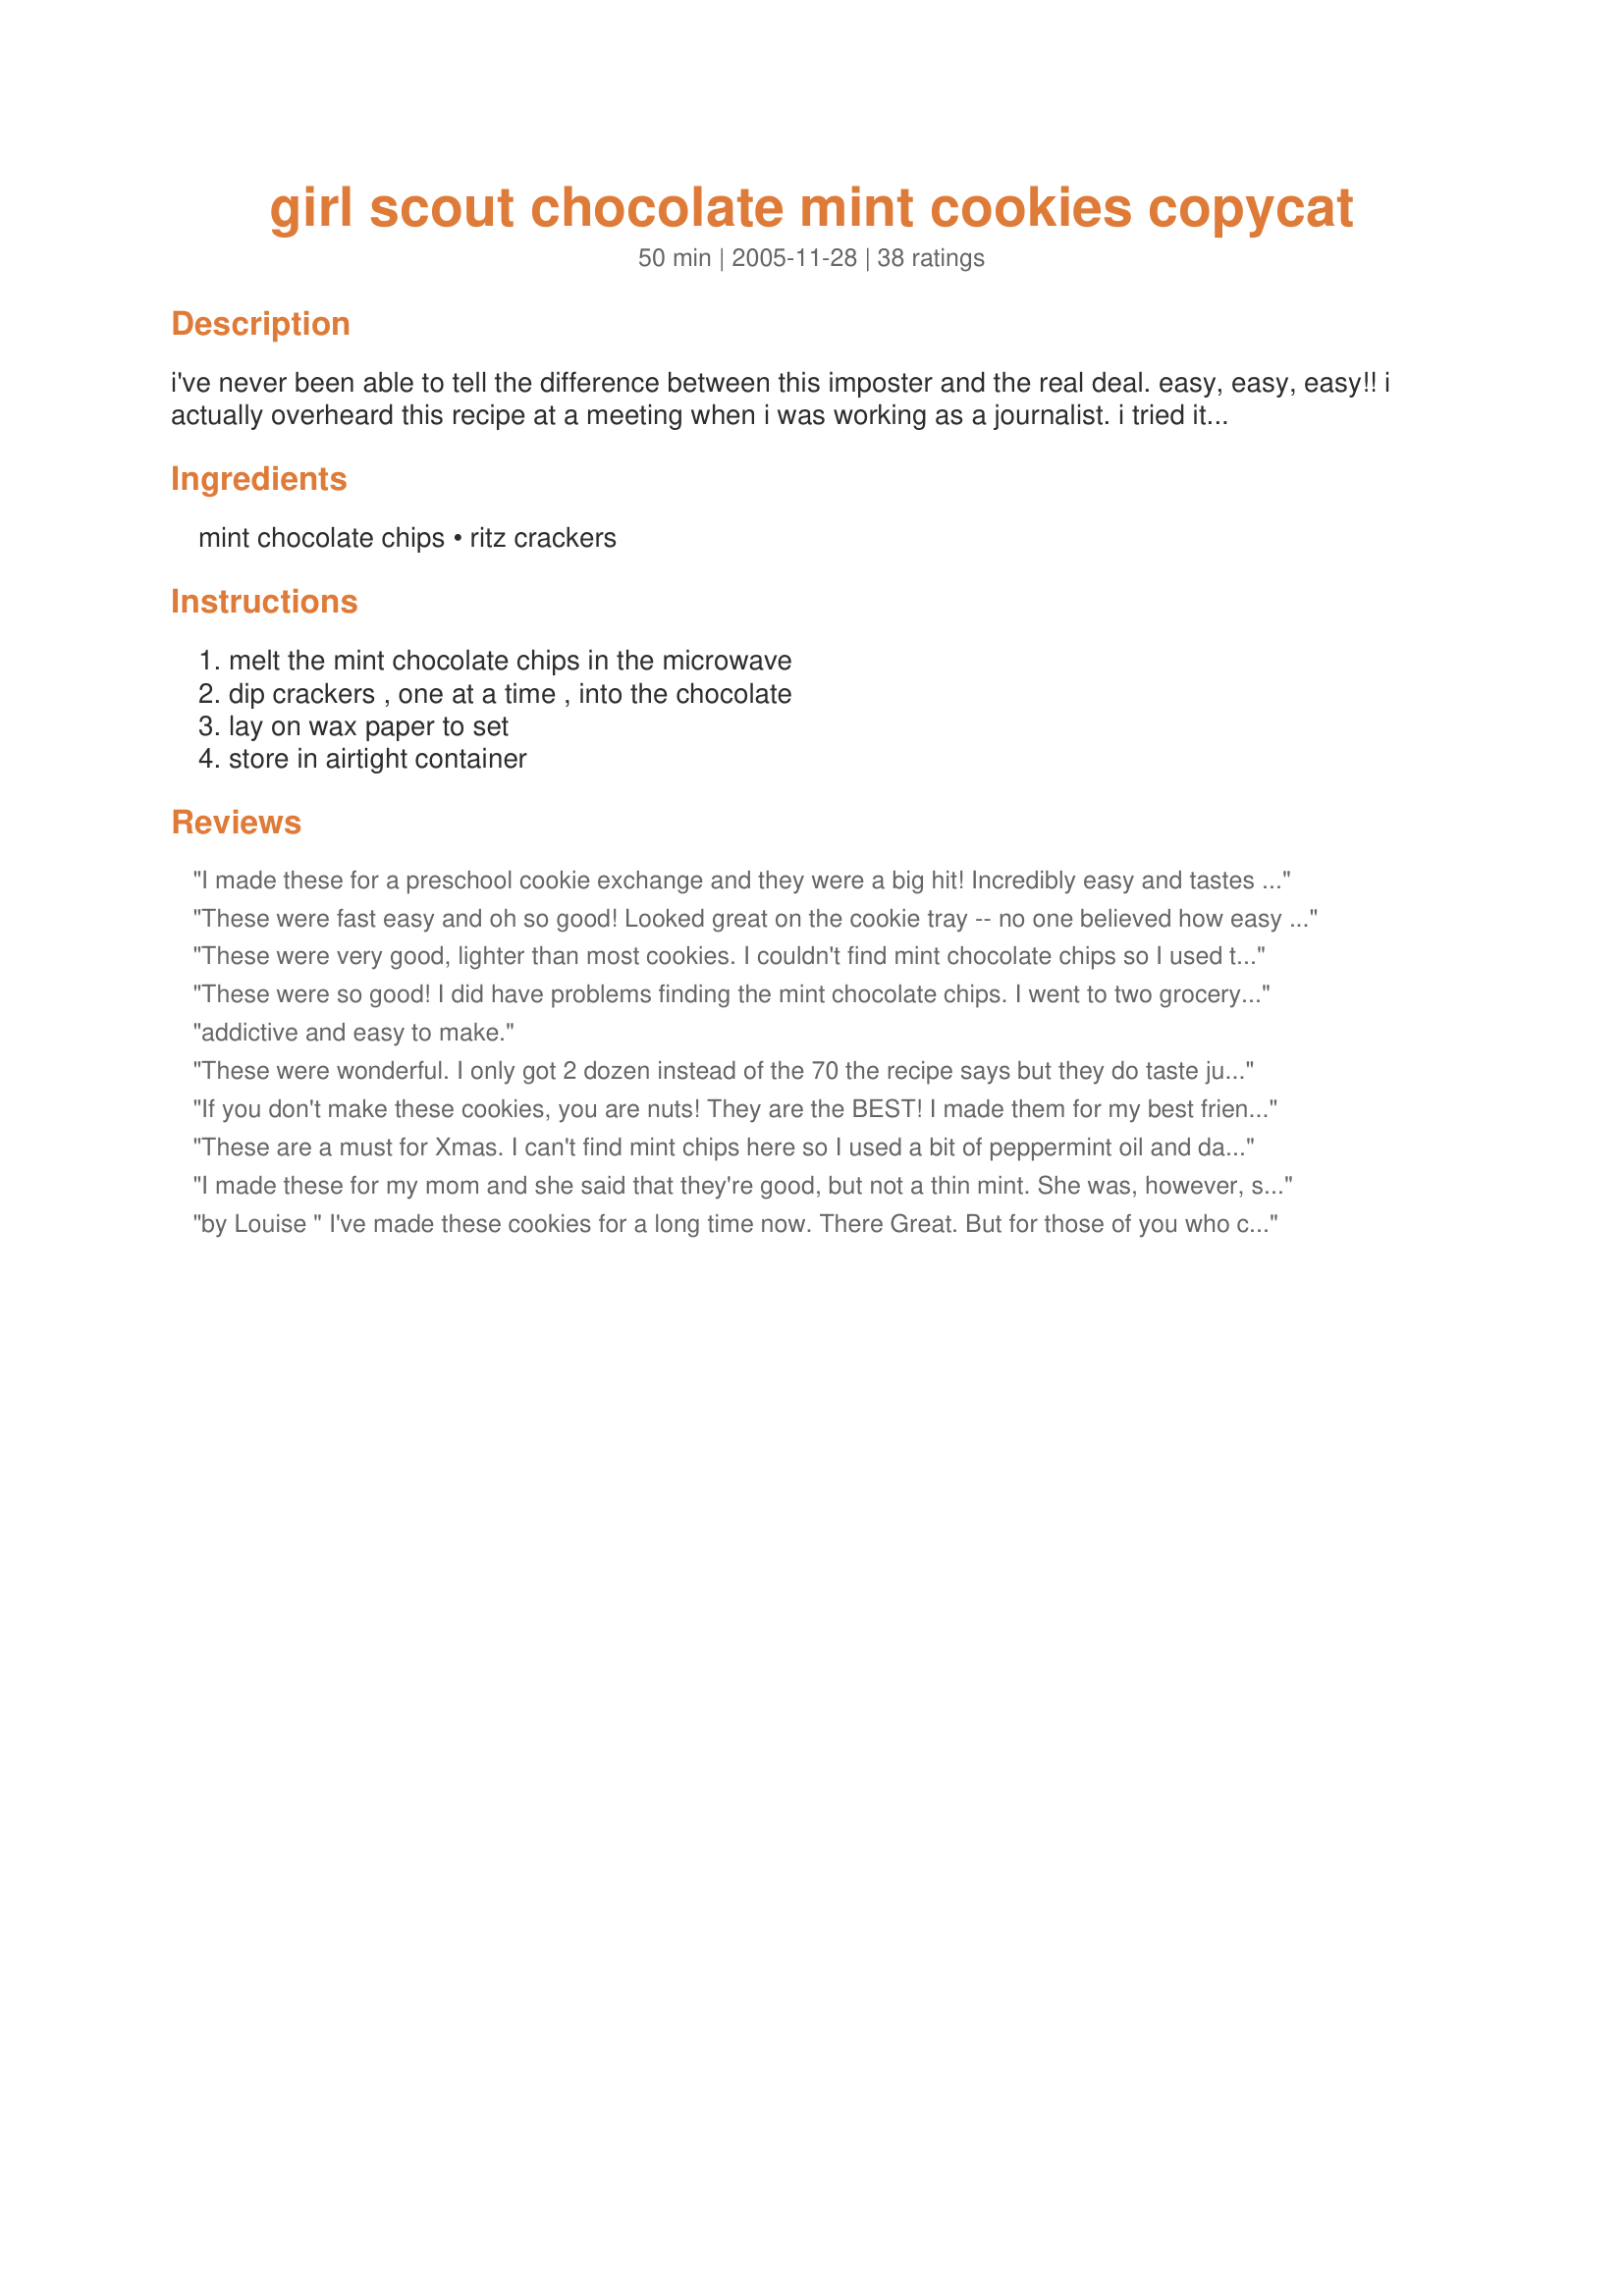
girl scout chocolate mint cookies copycat
Preparation time: 50 minutes

i've never been able to tell the difference between this imposter and the real deal. easy, easy, easy!!
i actually overheard this recipe at a meeting when i was working as a journalist. i tried it, and it's a winner! you might be able to get more than 70 cookies out of this recipe.

Ingredients:
mint chocolate chips, ritz crackers

Steps:
melt the mint chocolate chips in the microwave, dip crackers , one at a time , into the chocolate, lay on wax paper to set, store in airtight container

Reviews:
I made these for a preschool cookie exchange and they were a big hit! Incredibly easy and tastes just like the real deal! I had a hard time finding mint choc chips, so I used Andes mints with low sodium Ritz crackers and they were delicious!!
These were fast easy and oh so good! Looked great on the cookie tray -- no one believed how easy they were to make. Thanks so much for making the holidays easier.
These were very good, lighter than most cookies. I couldn't find mint chocolate chips so I used the Andes baking pieces. I will make this again, thanks!
These were so good! I did have problems finding the mint chocolate chips. I went to two grocery stores and neither carried them. So I improvised! I bought mint chips and chocolate chips. I mixed about 1 & 1/2 cups of the mint chips with 1/2 cup of the chocolate ones. The color was horrible! I had to beg some people to try one as they couldn't get past the appearance, but they all agreed that they tasted fabulous! Thanks for the recipe, and I will keep my eye out for the mint chocolate chips.
addictive and easy to make.
These were wonderful. I only got 2 dozen instead of the 70 the recipe says but they do taste just like Girl Scout Thin Mints including the crispiness. For chips I had a bag of Andes Mint chips so I used those. We will be making these again soon.
If you don't make these cookies, you are nuts! They are the BEST! I made them for my best friend for Christmas and now I have to make her a batch once every month. I pop mine into the freezer for about 4 minutes and they are done! You can make 2 batches in about 1/2 an hour. (I use a pickle tong and a fork to dip and flip onto the wax paper and they turn out great)
These are a must for Xmas. I can't find mint chips here so I used a bit of peppermint oil and dark chocolate wafers. They are addicting, there isnt a little sandwich bag left from the entire box of crackers. Everyone who tries them walks away with several in their hand.
I made these for my mom and she said that they're good, but not a thin mint. She was, however, surprised when I told her it was a ritz cracker (her favorite cracker). I wonder if Andes mints are more like a girl scout flavor...hmmmmm... Thanks for the idea and I'll let you know if I find something. :)
by Louise " I've made these cookies for a long time now. There Great. But for those of you who can't find mint chocolate chips You can use regular chocolte chips and add mint flavoring to taste only takes a few drops of mint to get the proper taste
Very Tasty and easy to make. If you grab the edges of the crackers with tongs, it doesn't leave marks. We used Andes Baking Chips.
Awesome! I won the "most creative" award at a cookie exchange. :) I more recently made these using a "Famous chocolate wafer" as the cookie portion. They are even more delicious! Highly recommend trying this method. I'm thinking about adding peanut butter in between two chocolate wafers, then covering with the chocolate. :)
yummy yummy yummy, awesome cookie! In response to Deb Braz's comment...if you add a little bit of shortening into the chocolate it ends up more like a chocolate bar kind of cover
These are great and easy. My 9 yr old did these with her friend for me for my X-mas tray. Gave it to the girls at work and they loved it. A definate keeper. Almost a no brainer, wish i would have thought of it. 
Even fooled the hubby.
So fantabulously delicious! Just like the real deal! I used Ande&#039;s Mints and WOW! I added a picture! My son helped me make these. He could have made them by himself - so easy! These are gonna be made in our home often!
I've had these saved for some time, but had a really hard time locating mint chocolate chips! Finally found the Ande's ones, and was able to make these tasties! I'm always looking for things to make for DH to give out to his clients. I thought that I could make these, and package them similarly to the original ones. Seeing is believing (so is tasting!) These are great! I used regular Ritz, and loved the little extra taste of salt. I know that some don't like or want salt, so I think you could use the unsalted/unsalted tops Ritz, if they are available in your area. Make these; you won't be disappointed! Thanks so much for sharing, Wineaux!
This was a great, simple recipe. I made about 30 and my husband tried to eat them all (lol) but others also raved about them! I'll never need to drool over girl scout cookies again! Thanks so much!
easy thanks
I made these with the andes creme de menthe chips. They were fabulous. I took some to work to share and my boss kept them all they were so good.
I used the two forks method to get the cookies out and on the tray to dry
can't believe that i didn't review these yet. My 10 year old daughter loves to make these and give them to our friends. I have one friend who won't even share them with her kids because she likes them so much and they would eat all of them.
I made these this morning.<br/>I should not have tried one.<br/>I wrapped up the rest as fast as I could as I am giving them in my Christmas Baskets.<br/>I can tell you they taste exactly like the originals.<br/>I can tell you you should not eat one and expect to get away with it.<br/>I could not find mint chocolate chips so I used one bag of chocolate chips, added 1/2 teaspoon pure peppermint extract and melted over a double boiler.<br/>I'm not sure if I should curse you or thank you, however since it's the Christmas Season.........<br/>THANK YOU-amazing recipe!<br/>Di ;-)
I make these every Christmas and my family and friends just rave...I got my recipe from Martha Stewart but basically the same. I use semi-sweet choc chips, and add some peppermint flavored candy oil...
These are so easy and good :)
For ease of dipping, dip only half of the cracker, shaking off excess chocolate, then put on waxed paper, when set, simply pick up and dip the other half. I don't get so messy that way!
I changed this drastically, using melted Andes mints and Town House crackers (I had them on-hand), so I really can't give stars. They worked out great! If you use melted Andes, beware the chocolate is very thin. I double dipped them for that reason.
Shockingly good and insanely easy! I can now makr thin mints whenever I want!
Perfect. I like to eat them right out of the freezer. My friends wouldn't believe me that I actually made them myself.
Yum!!!
Super easy and yummy !
DEFINITELY a keeper - lightly salted Ritz and Andes Mints :)<br/>Thank you!
I made these for my goody bags for Christmas presents and EVERYBODY loved them! I had many request for the recipe! Thanks for the great recipe! It was so simple too, I used one of the other tips and dipped half of the cracker then let harden and dipped the other half! So easy, my daughter helped!
This was a super easy and fast recipe if you are looking for a "thin mints" fix! We preferred them with the salt dusted off though and I used ghiradelli chocolate coating mixed with mint extract. I tried 2 recipes, my hubby preferred this one by my daughter preferred the other one. So, if you have the luxury of time try recipe #33998, as the cookies look chocolate vs. the white crackers here. But either way, you won't be disappointed!
Oh my oh my. These things are amazing..just like the Girl Scouts and so easy.
I love these! So easy and delicious and they make a great gift. I have also made them with white chocolate chips and a little mint extract for a baby shower.
Wow!! These were absolutely wonderful, but I had to change it up a bit by using non-dairy chocolate chips and peppermint candy flavoring, as our household has allergies. I thought this might also help someone who is having a hard time finding mint chocolate chips. If your looking at all the reviews, stop, they're wonderful....just try them!
These are great! They don't taste exactly like a thin mint but this recipe is a keeper. I will be making these often. I also used the Andies pieces.. Thanks
Excellent and easy to make. I took them to a Christmas party. One lady wondered, "Where did she get Girl Scout cookies at this time of year?" They were a huge hit, and people were amazed that Ritz were inside. I used Andes mint chips, did a half-bag batches each time in the microwave. 30 seconds, stir, then 20 seconds more. The dipped cookies set very fast in the fridge, too.
Simple, great, and easily healthier than girl scout cookies - which are too rich for me anyways. Next time I will try it with mini rice cakes, because Ritz crackers use hydrogenated oil.
I tried this recipe and it was very well received. Tasted great! The only problem I had was after the chocolate had set, big sections of chocolate would come off my cookies. We smashed it back on and ate them right up. I would even like to try a little half and half in the chocolate to thin it out a little bit. Next I want to try some thin sugar or shortbread cookies in place of the ritz crackers. Just a thought. Anyway, thanks so much for the yummy recipe.
